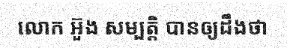
លោក អ៊ួង សម្បត្តិ បានឲ្យដឹងថា